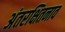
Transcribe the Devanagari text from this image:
अंतरक्षितनाव